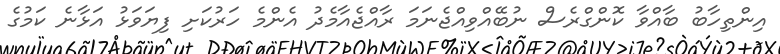
އިންތިހާބު ބާއްވާ ކޮންގްރެސް ނުބޭއްވިއްޖެނަމަ ރާއްޖެއާމެދު އެންމެ ހަރުކަށި ފިޔަވަޅު އަޅާނެ ކަމުގެ